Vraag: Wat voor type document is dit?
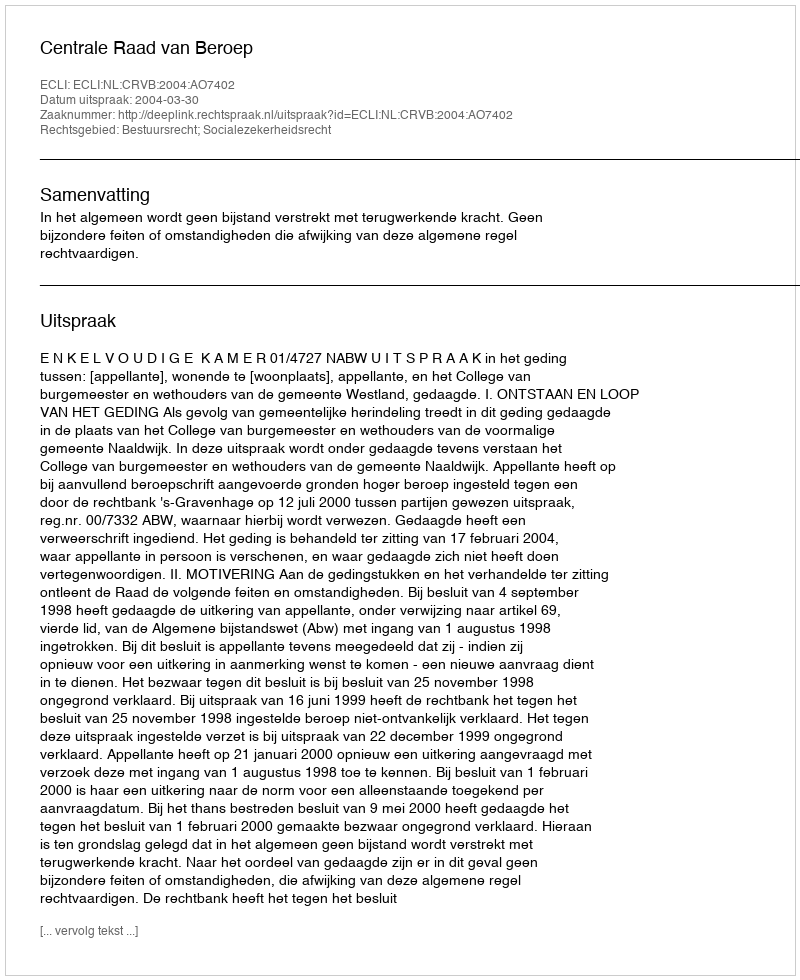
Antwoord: Uitspraak